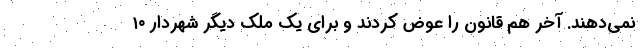
نمی‌دهند. آخر هم قانون را عوض کردند و برای یک ملک دیگر شهردارِ ۱۰